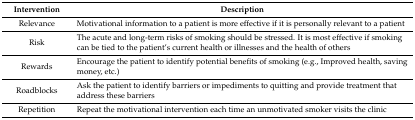
| Intervention | Description |
 | --- | --- |
 | Relevance | Motivational information to a patient is more effective if it is personally relevant to a patient |
 | Risk | The acute and long-term risks of smoking should be stressed. It is most effective if smoking can be tied to the patient’s current health or illnesses and the health of others |
 | Rewards | Encourage the patient to identify potential benefits of smoking (e.g., Improved health, saving money, etc.) |
 | Roadblocks | Ask the patient to identify barriers or impediments to quitting and provide treatment that address these barriers |
 | Repetition | Repeat the motivational intervention each time an unmotivated smoker visits the clinic |